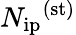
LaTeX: {N_{\mathrm{ip}}}^{\mathrm{(st)}}